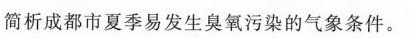
简析成都市夏季易发生臭氧污染的气象条件。